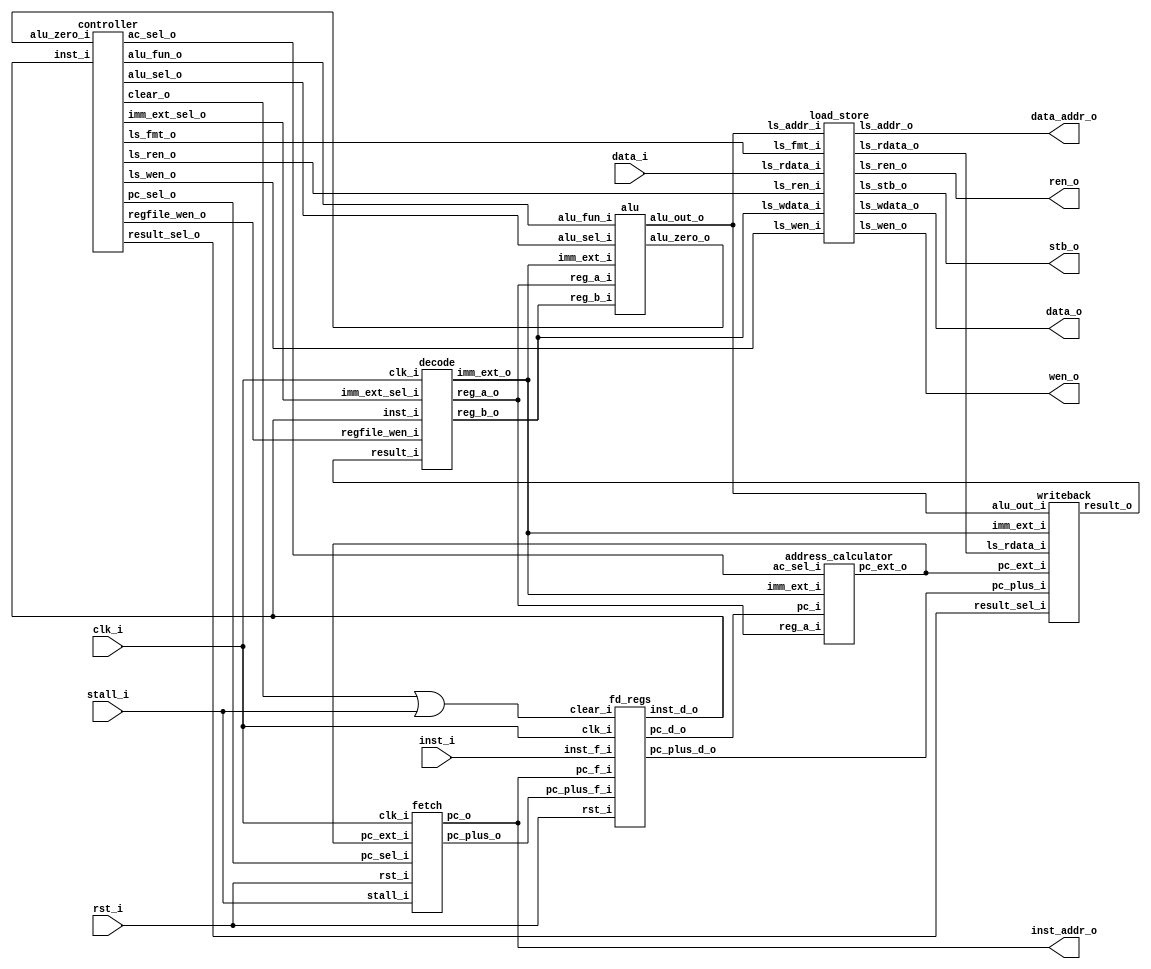
// This program was cloned from: https://github.com/necaticakaci/matrak
// License: MIT License

// Matrak M10 RV32I RISC-V Processor
// Glpare II Architechture 2023
// Processor Module

module matrak (
   input                clk_i,
   input                rst_i,
   input                stall_i,       // lemci durdurma sinyali
   input [31:0]         inst_i,        // Buyruk girii
   input [31:0]         data_i,        // Veri girii
   output               wen_o,         // Yazma yetkilendirme
   output               ren_o,         // Okuma yetkilendirme
   output [3:0]         stb_o,         // Bayt seim sinyali
   output [31:0]        inst_addr_o,   // Buyruk adresi
   output [31:0]        data_addr_o,   // Veri adresi
   output [31:0]        data_o         // Bellee yazlacak veri
);

   // Getirme birimi balantlar
   wire c2f_pc_sel;
   wire [31:0] ac2f_pc_ext;
   wire [31:0] f2fd_pc_plus;

   fetch f1 (
      .clk_i(clk_i),
      .rst_i(rst_i),
      .stall_i(stall_i),
      .pc_sel_i(c2f_pc_sel),
      .pc_ext_i(ac2f_pc_ext),
      .pc_o(inst_addr_o),
      .pc_plus_o(f2fd_pc_plus)
   );

   // Boru hatt kaydedicisi balantlar
   wire [31:0] fd2d_inst;
   wire [31:0] fd2ac_pc;
   wire [31:0] fd2w_pc_plus;
   wire c2fd_clear;

   // Boru hatt temizleme sinyali
   wire clear = c2fd_clear | stall_i;

   fd_regs fd1 (
      .clk_i(clk_i),
      .rst_i(rst_i),
      .clear_i(clear),
      .inst_f_i(inst_i),
      .pc_f_i(inst_addr_o),
      .pc_plus_f_i(f2fd_pc_plus),
      .inst_d_o(fd2d_inst),
      .pc_d_o(fd2ac_pc),
      .pc_plus_d_o(fd2w_pc_plus)
   );

   // zme modl balantlar
   wire c2d_regfile_wen;
   wire [2:0] c2d_imm_ext_sel;
   wire [31:0] w2d_result;
   wire [31:0] d2a_reg_a;
   wire [31:0] d2a_reg_b;
   wire [31:0] d2a_imm_ext;

   decode d1 (
      .clk_i(clk_i),
      .regfile_wen_i(c2d_regfile_wen),
      .imm_ext_sel_i(c2d_imm_ext_sel),
      .inst_i(fd2d_inst),
      .result_i(w2d_result),
      .reg_a_o(d2a_reg_a),
      .reg_b_o(d2a_reg_b),
      .imm_ext_o(d2a_imm_ext)
   );

   // ALU balantlar
   wire c2a_alu_sel;
   wire [3:0] c2a_alu_fun;
   wire [31:0] a2w_alu_out;
   wire a2c_alu_zero;

   alu a1 (
      .alu_sel_i(c2a_alu_sel),
      .alu_fun_i(c2a_alu_fun),
      .reg_a_i(d2a_reg_a),
      .reg_b_i(d2a_reg_b),
      .imm_ext_i(d2a_imm_ext),
      .alu_zero_o(a2c_alu_zero),
      .alu_out_o(a2w_alu_out)
   );

   // Adres hesaplayc balantlar
   wire c2ac_ac_sel;

   address_calculator ac1(
      .ac_sel_i(c2ac_ac_sel),
      .pc_i(fd2ac_pc),
      .imm_ext_i(d2a_imm_ext),
      .reg_a_i(d2a_reg_a),
      .pc_ext_o(ac2f_pc_ext)
   );

   // Geriyazma birimi balantlar
   wire [2:0] c2w_result_sel;
   wire [31:0] ls2w_rdata;

   writeback w1 (
      .result_sel_i(c2w_result_sel),
      .alu_out_i(a2w_alu_out),
      .pc_plus_i(fd2w_pc_plus),
      .imm_ext_i(d2a_imm_ext),
      .pc_ext_i(ac2f_pc_ext),
      .ls_rdata_i(ls2w_rdata),
      .result_o(w2d_result)
   );

   // Ykleme depolama birimi balantlar
   wire c2ls_wen;
   wire c2ls_ren;
   wire [2:0] c2ls_fmt;

   load_store ls1 (
      .ls_wen_i(c2ls_wen),
      .ls_ren_i(c2ls_ren),
      .ls_fmt_i(c2ls_fmt),
      .ls_addr_i(a2w_alu_out),
      .ls_wdata_i(d2a_reg_b),
      .ls_rdata_i(data_i),
      .ls_wen_o(wen_o),
      .ls_ren_o(ren_o),
      .ls_stb_o(stb_o),
      .ls_addr_o(data_addr_o),
      .ls_wdata_o(data_o),
      .ls_rdata_o(ls2w_rdata)
   );

   controller c1 (
      .inst_i(fd2d_inst),
      .alu_zero_i(a2c_alu_zero),
      .regfile_wen_o(c2d_regfile_wen),
      .imm_ext_sel_o(c2d_imm_ext_sel),
      .alu_sel_o(c2a_alu_sel),
      .alu_fun_o(c2a_alu_fun),
      .pc_sel_o(c2f_pc_sel),
      .ac_sel_o(c2ac_ac_sel),
      .result_sel_o(c2w_result_sel),
      .ls_wen_o(c2ls_wen),
      .ls_ren_o(c2ls_ren),
      .ls_fmt_o(c2ls_fmt),
      .clear_o(c2fd_clear)
   );

endmodule

module fetch (
   input                clk_i,
   input                rst_i,
   input                stall_i,    // Program sayac durdurma girii
   input                pc_sel_i,   // Program sayac seim girii
   input [31:0]         pc_ext_i,   // Dallanma adres girii
   output reg [31:0]    pc_o,       // Program sayac k
   output [31:0]        pc_plus_o   // Program sayac + 4 k
);

   // Program sayacna 4 ekle
   assign pc_plus_o = pc_o + 4;

   // Dallanma adresi veya PC + 4 
   wire [31:0] pc_next = pc_sel_i ? pc_ext_i : pc_plus_o;

   always @(posedge clk_i, posedge rst_i) begin
      if (rst_i) begin
         pc_o <= 32'h0000_0000;
      end else begin
         if (!stall_i) begin // Durdurma istei yoksa PC'yi gncelle
            pc_o <= pc_next;
         end
      end
   end

endmodule

module fd_regs (
   input                clk_i,
   input                rst_i,
   input                clear_i,     // Sfrlama sinyali (boru hatt boaltma)
   input [31:0]         inst_f_i,    // Buyruk girii (bellekten geliyor)
   input [31:0]         pc_f_i,      // Progam sayac girii (getirme biriminden geliyor)
   input [31:0]         pc_plus_f_i, // Program sayac + 4 girii (getirme biriminden geliyor)
   output reg [31:0]    inst_d_o,    // Buyruk k (yrtme aamasna gidiyor)
   output reg [31:0]    pc_d_o,      // Program sayac k (yrtme aamasna gidiyor)
   output reg [31:0]    pc_plus_d_o  // Program sayac + 4 k (yrtme aamasna gidiyor)
);

   always @(posedge clk_i, posedge rst_i) begin
      if (rst_i) begin
         inst_d_o    <= 32'b0;
         pc_d_o      <= 32'b0;
         pc_plus_d_o <= 32'b0;
      end else begin
         if (clear_i) begin // Boru hatt boaltlyor.
            inst_d_o    <= 32'b0;
            pc_d_o      <= 32'b0;
            pc_plus_d_o <= 32'b0;
         end else begin
            inst_d_o    <= inst_f_i;
            pc_d_o      <= pc_f_i;
            pc_plus_d_o <= pc_plus_f_i;
         end
      end
   end

endmodule

module decode (
   input                   clk_i,
   input                   regfile_wen_i, // Kaydedici dosyas yazma yetkilendirme
   input [2:0]             imm_ext_sel_i, // vedi geniletici format seimi
   input [31:0]            inst_i,        // Boru hatt kaydedicisinden gelen buyruk
   input [31:0]            result_i,      // Hedef kaydedicisine (rd) yazlacak deer 
   output [31:0]           reg_a_o,       // Birinci kaynak kaydedicisinin (rs1) deeri
   output [31:0]           reg_b_o,       // kinci kaynak kaydedicisinin (rs2) deeri
   output reg [31:0]       imm_ext_o      // vedi genileticinin k
);

   // 32 bit genilikte 32 adet kaydedicili kaydedici dosyas
   reg [31:0] regfile [31:0];

   // Kaydedici adreslerini buyruktan aykla
   wire [4:0] reg_a_addr      = inst_i[19:15];  // rs1 adres
   wire [4:0] reg_b_addr      = inst_i[24:20];  // rs2 adres
   wire [4:0] target_reg_addr = inst_i[11:7];   // rd adres

   // Kaydedici dosyasndan oku
   assign reg_a_o = (reg_a_addr == 5'b0) ? 32'b0 : regfile[reg_a_addr]; // rs1 deeri
   assign reg_b_o = (reg_b_addr == 5'b0) ? 32'b0 : regfile[reg_b_addr]; // rs2 deeri

   // Kaydedici dosyasna yaz
   always @(posedge clk_i) begin
      if (regfile_wen_i) begin
         regfile[target_reg_addr] <= result_i;
      end
   end

   // vedi geniletici
   always @(*) begin
      case (imm_ext_sel_i)
         3'b000   : imm_ext_o = {{20{inst_i[31]}}, inst_i[31:20]}; // I-type
         3'b001   : imm_ext_o = {{20{inst_i[31]}}, inst_i[7], inst_i[30:25], inst_i[11:8], 1'b0}; // B-type
         3'b010   : imm_ext_o = {{12{inst_i[31]}}, inst_i[19:12], inst_i[20], inst_i[30:21], 1'b0}; // J-type
         3'b011   : imm_ext_o = {inst_i[31:12], 12'b0}; // U-type
         3'b100   : imm_ext_o = {{20{inst_i[31]}}, inst_i[31:25], inst_i[11:7]}; // S-type
         default  : imm_ext_o = 32'b0; 
      endcase
   end

endmodule

module alu (
   input                      alu_sel_i,  // kinci ilenenin seim sinyali (rs2 veya imm)
   input [3:0]                alu_fun_i,  // lem seim sinyali
   input [31:0]               reg_a_i,    // rs1 deeri
   input [31:0]               reg_b_i,    // rs2 deeri
   input [31:0]               imm_ext_i,  // imm deeri
   output                     alu_zero_o, // Sonu sfr sinyali
   output reg [31:0]          alu_out_o   // Sonu deeri
);

   // Birinci ilenen iki buyruk formatnda da sabit.
   wire signed [31:0] alu_a = reg_a_i;
   // kinci ilenen seim sinyaline gre belirleniyor.
   wire signed [31:0] alu_b = alu_sel_i ? imm_ext_i : reg_b_i;

   // Sonu 0'a eit ise alu_zero_o sinyali 1 olur.
   assign alu_zero_o = ~(|alu_out_o);

   always @(*) begin
      case (alu_fun_i)
         4'b0000  : alu_out_o = alu_a + alu_b;           // Toplama 
         4'b0001  : alu_out_o = alu_a - alu_b;           // karma
         4'b0010  : alu_out_o = alu_a & alu_b;           // VE
         4'b0011  : alu_out_o = alu_a ^ alu_b;           // XOR
         4'b0100  : alu_out_o = alu_a | alu_b;           // VEYA
         4'b0101  : alu_out_o = alu_a << alu_b[4:0];     // Sola kaydrma
         4'b0110  : alu_out_o = alu_a >> alu_b[4:0];     // Saa kaydrma
         4'b0111  : alu_out_o = alu_a >>> alu_b[4:0];    // Aritmetik saa kaydrma
         4'b1000  : alu_out_o = {31'b0, alu_a == alu_b}; // Eitse alu_out_o = 1, deilse alu_out_o = 0 (beq, bne)
         4'b1001  : alu_out_o = {31'b0, alu_a < alu_b};  // Kkse alu_out_o = 1, deilse alu_out_o = 0 (blt, bge, slt, slti)
         4'b1010  : alu_out_o = {31'b0, $unsigned(alu_a) < $unsigned(alu_b)}; // (aretsiz) kkse alu_out_o = 1, deilse alu_out_o = 0 (bltu, bgeu, sltu, sltiu)
         default  : alu_out_o = 32'bx;                   // Geersiz alu_fun_i sinyali
      endcase
   end

endmodule

module address_calculator (
   input                      ac_sel_i,   // Kontrol biriminden gelen kaynak seim sinyali
   input [31:0]               pc_i,       // Boru hatt kaydedicisinden gelen program sayacnn deeri
   input [31:0]               imm_ext_i,  // zme biriminden gelen ivedi deer
   input [31:0]               reg_a_i,    // zme biriminden gelen rs1 deeri
   output [31:0]              pc_ext_o    // Program sayacna yazlacak adres
);

   wire [31:0] operand = ac_sel_i ? reg_a_i : pc_i;

   assign pc_ext_o = operand + imm_ext_i;

endmodule

module writeback (
   input [2:0]                result_sel_i,  // Kontrol biriminden gelen seim sinyali
   input [31:0]               alu_out_i,     // ALU sonucu
   input [31:0]               pc_plus_i,     // Program sayac + 4
   input [31:0]               imm_ext_i,     // vedi deer
   input [31:0]               pc_ext_i,      // Adres hesaplaycdan gelen adres
   input [31:0]               ls_rdata_i,    // Bellekten okunan deer
   output reg [31:0]          result_o       // Kaydedici dosyasna yazlacak deer
);

   always @(*) begin
      case (result_sel_i)
         3'b000   : result_o = alu_out_i;
         3'b001   : result_o = pc_plus_i;
         3'b010   : result_o = imm_ext_i;
         3'b011   : result_o = pc_ext_i;
         3'b100   : result_o = ls_rdata_i;
         default  : result_o = 32'bx;
      endcase
   end

endmodule

module load_store (
   input                      ls_wen_i,   // Yazma yetkilendirme, kontrol biriminden geliyor.
   input                      ls_ren_i,   // Okuma yetkilendirme, kontrol biriminden geliyor.
   input [2:0]                ls_fmt_i,   // funct3 deeri, kontrol biriminden geliyor.
   input [31:0]               ls_addr_i,  // Adres girii, ALU'dan geliyor.
   input [31:0]               ls_wdata_i, // rs2 deeri, zme biriminden geliyor.
   input [31:0]               ls_rdata_i, // Bellekten okunan deer.
   output                     ls_wen_o,   // Yazma yetkilendirme, bellee gidiyor.
   output                     ls_ren_o,   // Okuma yetkilendirme, bellee gidiyor.
   output reg [3:0]           ls_stb_o,   // Bayt seim sinyali, bellee gidiyor.
   output [31:0]              ls_addr_o,  // Adres k, bellee gidiyor.
   output [31:0]              ls_wdata_o, // Yazlacak veri, bellee gidiyor.
   output reg [31:0]          ls_rdata_o  // Okunan veri, geriyazma birimine gidiyor.
);

   // Bu sinyaller dorudan bellee gidiyor.
   assign ls_addr_o  = ls_addr_i;
   assign ls_wen_o   = ls_wen_i;
   assign ls_ren_o   = ls_ren_i;

   // Kaydrlacak deer hesaplanyor.
   wire [4:0] shift_value = ls_addr_i[1:0] << 5'd3;

   // Bellee yazlacak veri hizalanyor.
   assign ls_wdata_o = ls_wdata_i << shift_value;

   // Bellekten okunan veri hizalanyor.
   wire [31:0] aligned_data = ls_rdata_i >> shift_value;

   // Bellekten okunan hizalanm veri geniletiliyor.
   always @(*) begin
      case (ls_fmt_i[1:0])
         2'b00    : ls_rdata_o = {{24{~ls_fmt_i[2] & aligned_data[7]}}, aligned_data[7:0]};     // lb, lbu
         2'b01    : ls_rdata_o = {{16{~ls_fmt_i[2] & aligned_data[15]}}, aligned_data[15:0]};   // lh, lhu
         2'b10    : ls_rdata_o = aligned_data[31:0];  // lw
         default  : ls_rdata_o = 32'bx;
      endcase
   end

   // Bayt seim sinyali ayarlanyor.
   always @(*) begin
      case (ls_fmt_i[1:0])
         2'b00    : ls_stb_o = 4'b0001 << ls_addr_i[1:0];   // sb
         2'b01    : ls_stb_o = 4'b0011 << ls_addr_i[1:0];   // sh
         2'b10    : ls_stb_o = 4'b1111 << ls_addr_i[1:0];   // sw
         default  : ls_stb_o = 4'b0;
      endcase
   end

endmodule

module controller (
   input [31:0]               inst_i,        // Boru hatt kaydedicisinden gelen buyruk
   input                      alu_zero_i,    // ALU'dan gelen sonu sfr sinyali
   output                     regfile_wen_o, // Kaydedici dosyas yazma yetkilendirme sinyali
   output [2:0]               imm_ext_sel_o, // vedi geniletici format seim sinyali
   output                     alu_sel_o,     // ALU ikinci ilenen seim sinyali
   output reg [3:0]           alu_fun_o,     // ALU ilem seim sinyali
   output                     pc_sel_o,      // Program sayac adres seim sinyali
   output                     ac_sel_o,      // Adres hesaplayc kaynak seim sinyali
   output [2:0]               result_sel_o,  // Geriyazma kaynak seim sinyali
   output                     ls_wen_o,      // Bellek yazma yetkilendirme sinyali
   output                     ls_ren_o,      // Bellek okuma yetkilendirme sinyali
   output [2:0]               ls_fmt_o,      // Ykleme depolama birimi iin funct3 sinyali
   output                     clear_o        // Boru hatt boaltma sinyali
);

   // Buyruun gerekli blmleri ayklanyor.
   wire [6:0] opcode = inst_i[6:0];
   wire [2:0] funct3 = inst_i[14:12];
   wire [6:0] funct7 = inst_i[31:25];

   assign ls_fmt_o = funct3;

   wire [1:0] alu_dec;
   wire branch_op;
   wire jump_op;

   reg [14:0] control_signals;
   assign {regfile_wen_o, imm_ext_sel_o, alu_sel_o, alu_dec, branch_op, jump_op, ac_sel_o, result_sel_o, ls_wen_o, ls_ren_o} = control_signals;

   always @(*) begin
      case (opcode)
         7'b0110011  : control_signals = 15'b1_xxx_0_11_0_0_0_000_0_0; // R-type buyruk
         7'b0010011  : control_signals = 15'b1_000_1_11_0_0_0_000_0_0; // I-type buyruk
         7'b1100011  : control_signals = 15'b0_001_0_01_1_0_0_000_0_0; // B-type buyruk
         7'b1101111  : control_signals = 15'b1_010_0_00_0_1_0_001_0_0; // jal
         7'b1100111  : control_signals = 15'b1_000_0_00_0_1_1_001_0_0; // jalr
         7'b0110111  : control_signals = 15'b1_011_0_00_0_0_0_010_0_0; // lui
         7'b0010111  : control_signals = 15'b1_011_0_00_0_0_0_011_0_0; // auipc
         7'b0000011  : control_signals = 15'b1_000_1_10_0_0_0_100_0_1; // load buyruklar
         7'b0100011  : control_signals = 15'b0_100_1_10_0_0_0_000_1_0; // store buyruklar
         7'b0000000  : control_signals = 15'b0_000_0_00_0_0_0_000_0_0; // Sfrlama durumu
         default     : control_signals = 15'bx_xxx_x_xx_x_x_x_xxx_x_x; // Geersiz buyruk
      endcase
   end

   // Buyruk R-type ise ve funct7 deeri 0x20 ise karma ilemi anlamna gelir.
   wire sub = opcode[5] & funct7[5];

   // ALU'da yaplacak ilem belirleniyor.
   always @(*) begin
      case (alu_dec)
         2'b01    : // B-type
            case (funct3)
               3'b000   : alu_fun_o = 4'b1000; // beq
               3'b001   : alu_fun_o = 4'b1000; // bne
               3'b100   : alu_fun_o = 4'b1001; // blt
               3'b101   : alu_fun_o = 4'b1001; // bge
               3'b110   : alu_fun_o = 4'b1010; // bltu
               3'b111   : alu_fun_o = 4'b1010; // bgeu
               default  : alu_fun_o = 4'bx;
            endcase
         2'b11    : // R-type veya I-type
            case (funct3)
               3'b000   : // add-addi veya sub buyruu
                  if (sub) begin
                     alu_fun_o = 4'b0001; // sub
                  end else begin
                     alu_fun_o = 4'b0000; // add, addi
                  end
               3'b001   : alu_fun_o = 4'b0101; // sll, slli
               3'b010   : alu_fun_o = 4'b1001; // slt, slti
               3'b011   : alu_fun_o = 4'b1010; // sltu, sltiu
               3'b100   : alu_fun_o = 4'b0011; // xor, xori
               3'b101   : // srl, srli, sra, srai
                  if (funct7[5]) begin
                     alu_fun_o = 4'b0111; // sra, srai
                  end else begin
                     alu_fun_o = 4'b0110; // srl, srli
                  end
               3'b110   : alu_fun_o = 4'b0100; // or, ori
               3'b111   : alu_fun_o = 4'b0010; // and, andi
               default  : alu_fun_o = 4'b0000;
            endcase
         default  : alu_fun_o = 4'b0000; // Varsaylan ilem toplama
      endcase
   end

   reg branch_valid;

   always @(*) begin
      case (funct3)
         3'b000   : branch_valid = !alu_zero_i;   // beq
         3'b001   : branch_valid = alu_zero_i;    // bne
         3'b100   : branch_valid = !alu_zero_i;   // blt
         3'b101   : branch_valid = alu_zero_i;    // bge
         3'b110   : branch_valid = !alu_zero_i;   // bltu
         3'b111   : branch_valid = alu_zero_i;    // bgeu
         default  : branch_valid = 1'b0;
      endcase
   end

   assign pc_sel_o   = (branch_op & branch_valid) | jump_op; // Dallanma ve atlama durumu kontrol ediliyor.
   assign clear_o    = pc_sel_o; // Boru hattn boalt

endmodule